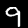
Digit: 9